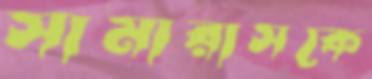
সামারাসকে